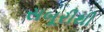
સબૂરીથી